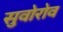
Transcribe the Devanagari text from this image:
सुवोरोव